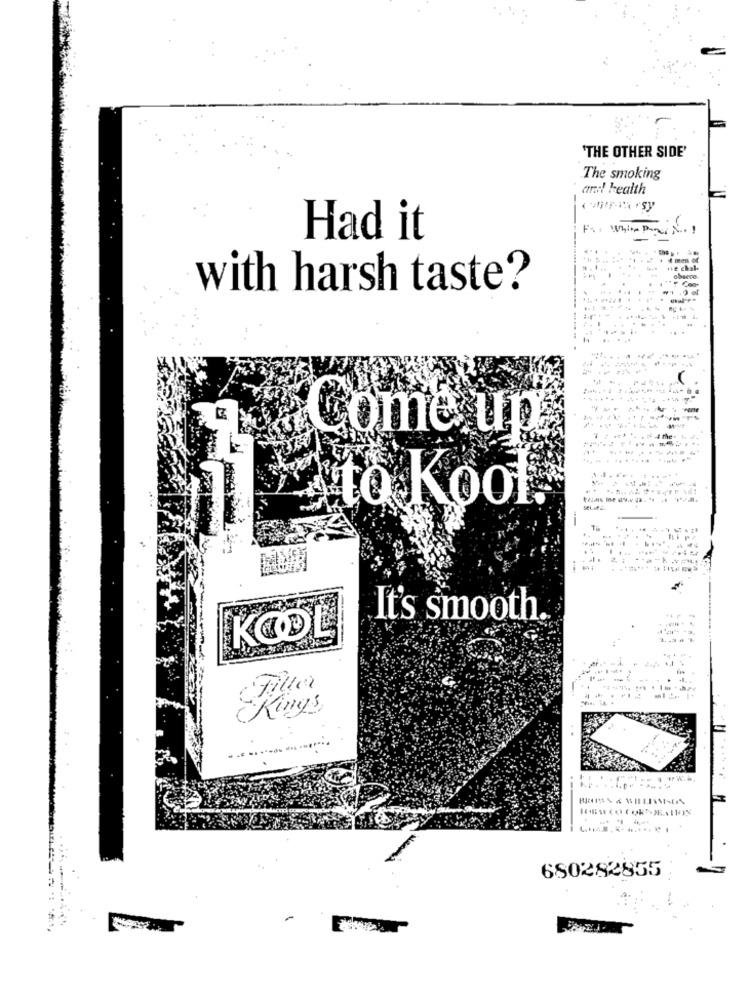
'THE OTHER SIDE'
The smoking
and health
-
Had it
with harsh taste?
----
Come up
----...
.------
... .. . .. . ..... ...... ..
to Kool
It's smooth.
KOOL
Filler
Kings
680282855